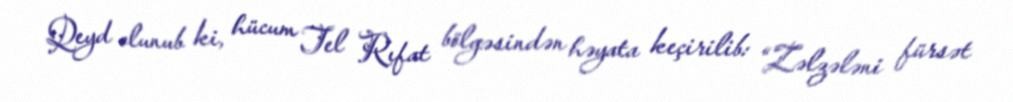
Qeyd olunub ki, hücum Tel Rıfat bölgəsindən həyata keçirilib: “Zəlzələni fürsət